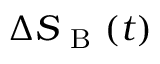
\Delta S _ { \mathrm { ~ B ~ } } ( t )